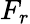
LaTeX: F_{r}